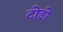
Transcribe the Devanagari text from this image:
टोडो